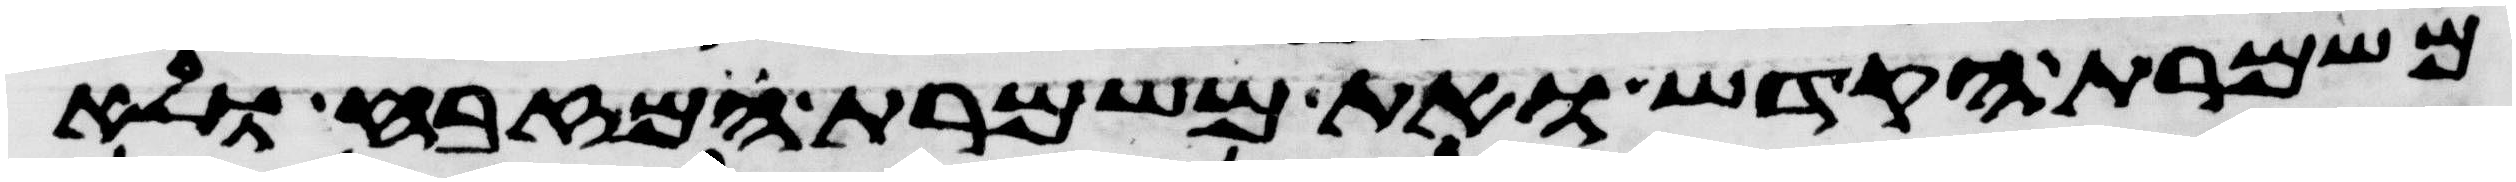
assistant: משמרת הקדש ואת משמרת המזבח ולא